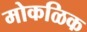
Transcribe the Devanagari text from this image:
मोकळिक